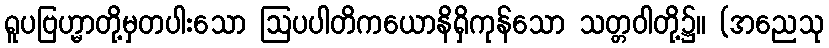
ရူပဗြဟ္မာတို့မှတပါးသော ဩပပါတိကယောနိရှိကုန်သော သတ္တဝါတို့၌။ (အညေသု